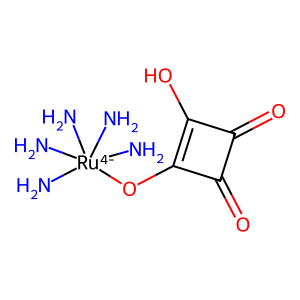
SMILES: N[Ru-4](N)(N)(N)(N)Oc1c(O)c(=O)c1=O
Inhibits HIV replication: No